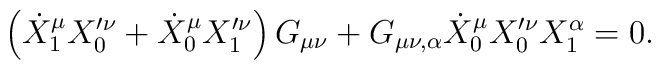
\left(\dot{X}_{1}^{\mu} X_{0}'^{\nu} + \dot{X}_{0}^{\mu} X_{1}'^{\nu}\right) G_{\mu \nu} + G_{\mu \nu, \alpha} \dot{X}_{0}^{\mu} X_{0}'^{\nu}X_{1}^{\alpha}=0.